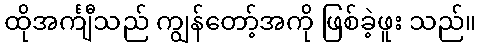
ထိုအင်္ကျီသည် ကျွန်တော့်အကို ဖြစ်ခဲ့ဖူး သည်။